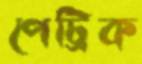
পেট্রিক